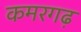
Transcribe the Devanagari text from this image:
कमरगढ़